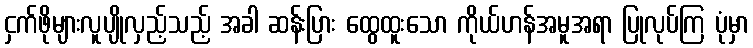
ငှက်ဖိုများလူပျိုလှည့်သည့် အခါ ဆန်းပြား ထွေထူးသော ကိုယ်ဟန်အမူအရာ ပြုလုပ်ကြ ပုံမှာ